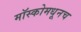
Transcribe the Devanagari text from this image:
मॉस्कोमधूनच